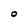
Character: o